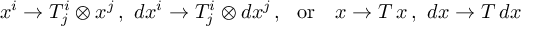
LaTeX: x ^ { i } \rightarrow T _ { j } ^ { i } \otimes x ^ { j } \, , \ d x ^ { i } \rightarrow T _ { j } ^ { i } \otimes d x ^ { j } \, , \ \ \mathrm { o r } \ \ \ x \rightarrow T \, x \, , \ d x \rightarrow T \, d x